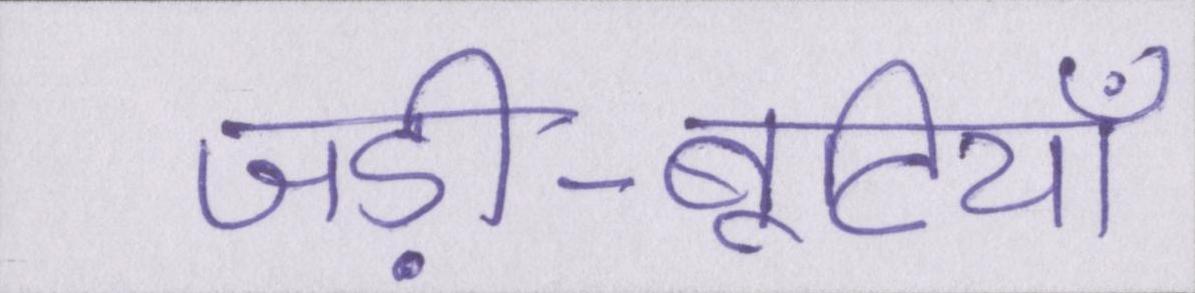
जड़ी-बूटियाँ